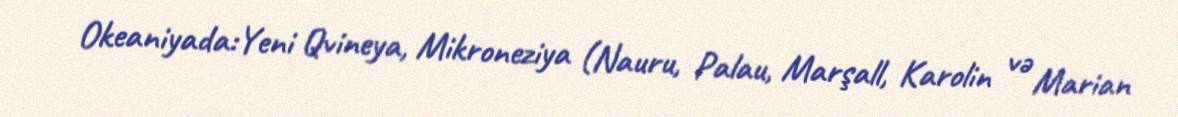
Okeaniyada:Yeni Qvineya, Mikroneziya (Nauru, Palau, Marşall, Karolin və Marian